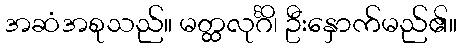
အဆံအစုသည်။ မတ္ထလုင်္ဂိ၊ ဦးနှောက်မည်၏။